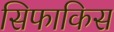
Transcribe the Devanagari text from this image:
सिफाकिस